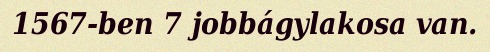
1567-ben 7 jobbágylakosa van.